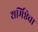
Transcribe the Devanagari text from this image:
शर्मिष्ठेचा